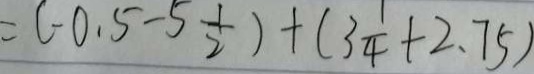
= ( - 0 . 5 - 5 \frac { 1 } { 2 } ) + ( 3 \frac { 1 } { 4 } + 2 . 7 5 )